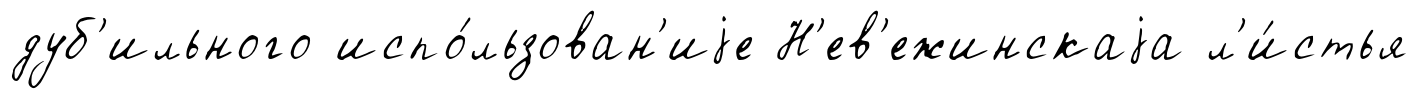
дуб'ильного испо́льзован'иjе Н'ев'ежинскаjа л'и́стья